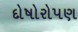
દોષોરોપણ